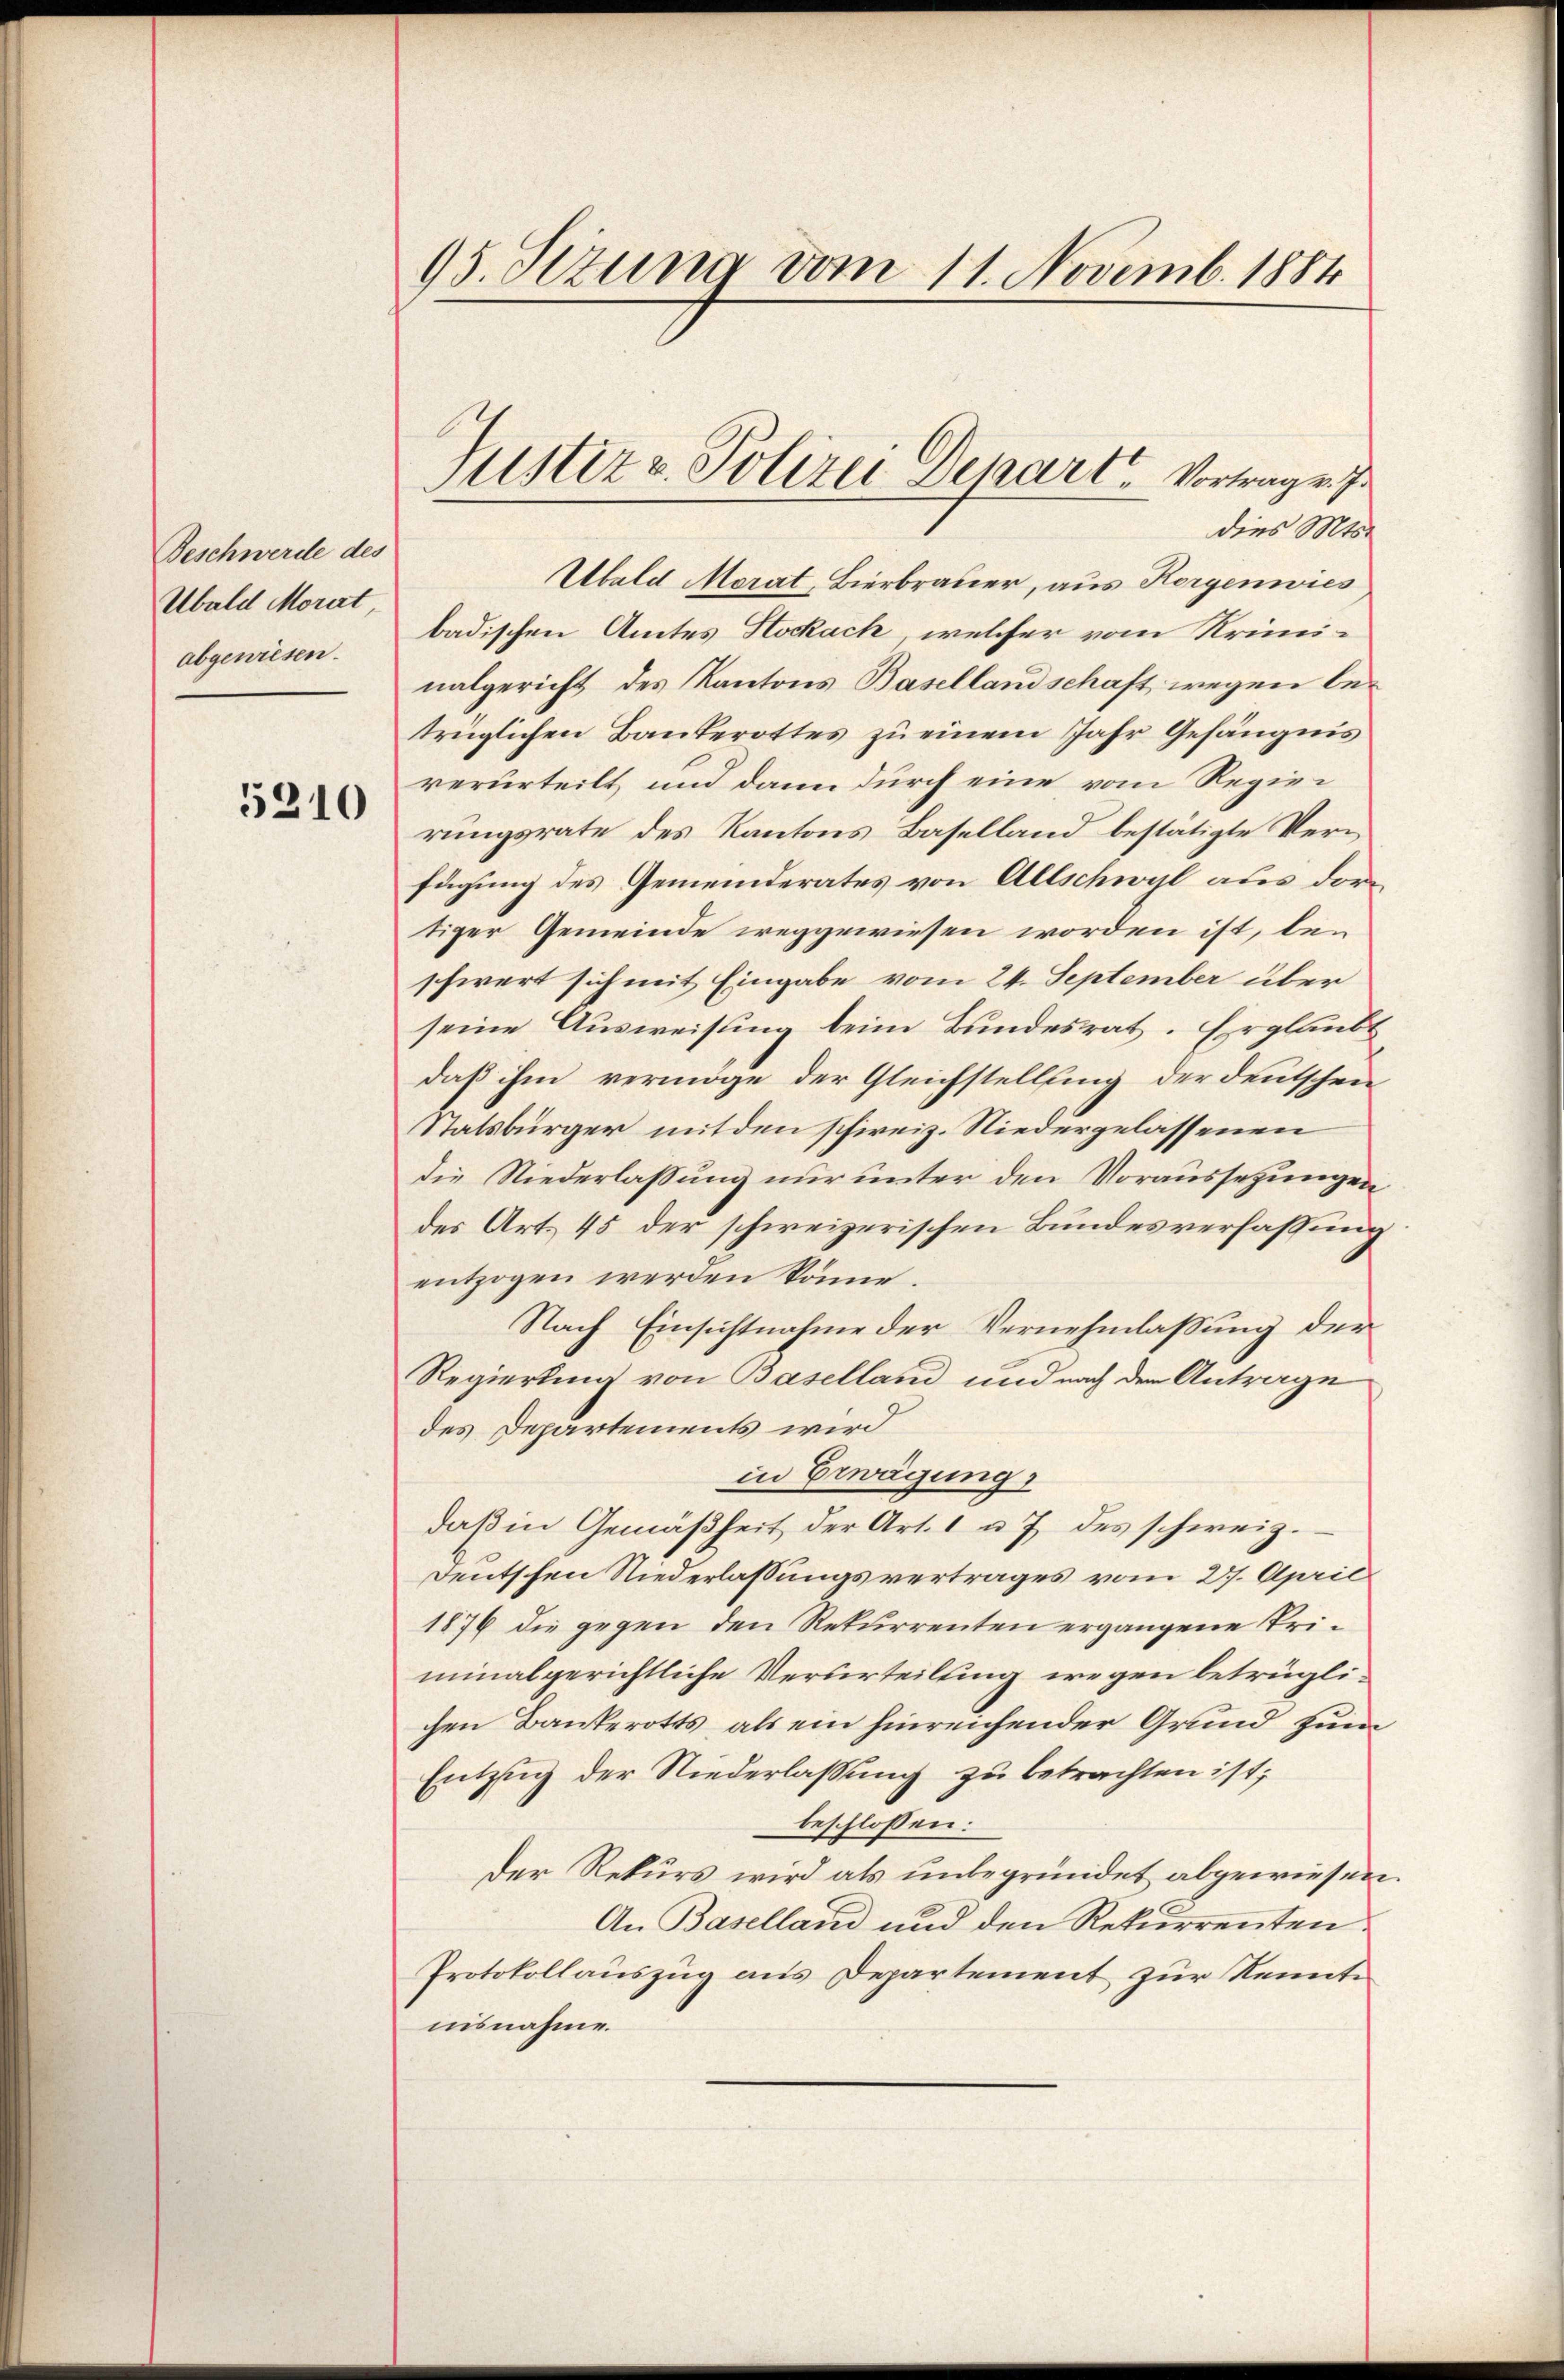
Beschwerde des
Ubald Morat
abgewiesen.

5210

95. Sizung vom 11. Novemb. 1884

dies Mts.
Ubald Morat, Bierbrauer, aus Horgenwies
badischen Amtes Stockach, welcher vom Kriminalgericht des Kantons Basellandschaft wegen betrüglichen Bankerottes zu einem Jahr Gefängnis
verurteilt und dann durch eine vom Regierungsrate des Kantons Baselland bestätigte Verfügung des Gemeinderates von Allschwyl aus dortiger Gemeinde weggewiesen worden ist, leschwert sich mit Eingabe vom 24. September über
seine Ausweisung beim Bundesrat. Er glaubt
daß ihm vermöge der Gleichstellung der deutschen
Statsbürger mit den schweiz. Niedergelassenen
die Niederlassung nur unter den Voraussetzungen
des Art. 45 der schweizerischen Bundesverfassung
entzogen werden könne.
Nach Einsichtnahme der Vernehmlassung der
Regierung von Baselland und nach den Antrage
des Departements wird
in Erwägung
daβ in Gemäßheit der Art. 1 u. 7 des schweiz.
Deutschen Niederlassungsvertrages vom 27. April
1876 die gegen den Rekurrenten ergangene Priminalgerichtliche Verurteilung wegen betrüglichen Bankerotts, als ein hinreichender Grund zum
Entzug der Niederlassung zu betrachten ist;
beschlossen:
Der Rekurs wird als unbegründet abgewiesen.
An Baselland und den Rekurrenten.
Protokollauszug aus Departement zur Kenntnisnahme.

Justiz & Polizei Depart, Vortrage